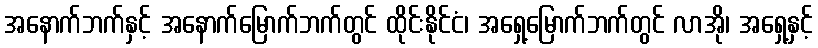
အနောက်ဘက်နှင့် အနောက်မြောက်ဘက်တွင် ထိုင်းနိုင်ငံ၊ အရှေ့မြောက်ဘက်တွင် လာအို၊ အရှေ့နှင့်